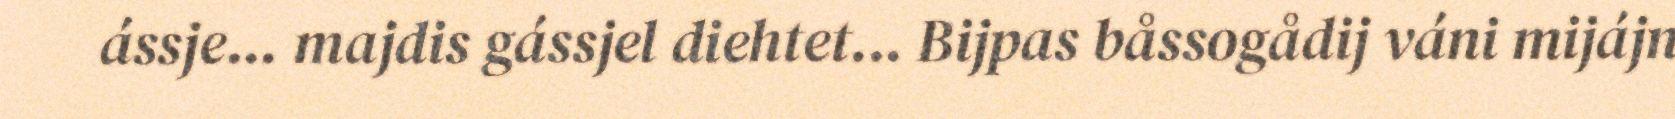
ássje... majdis gássjel diehtet... Bijpas båssogådij váni mijájn